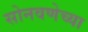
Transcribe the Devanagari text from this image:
सोनवणेच्या